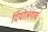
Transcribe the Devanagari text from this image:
दियोलगावं